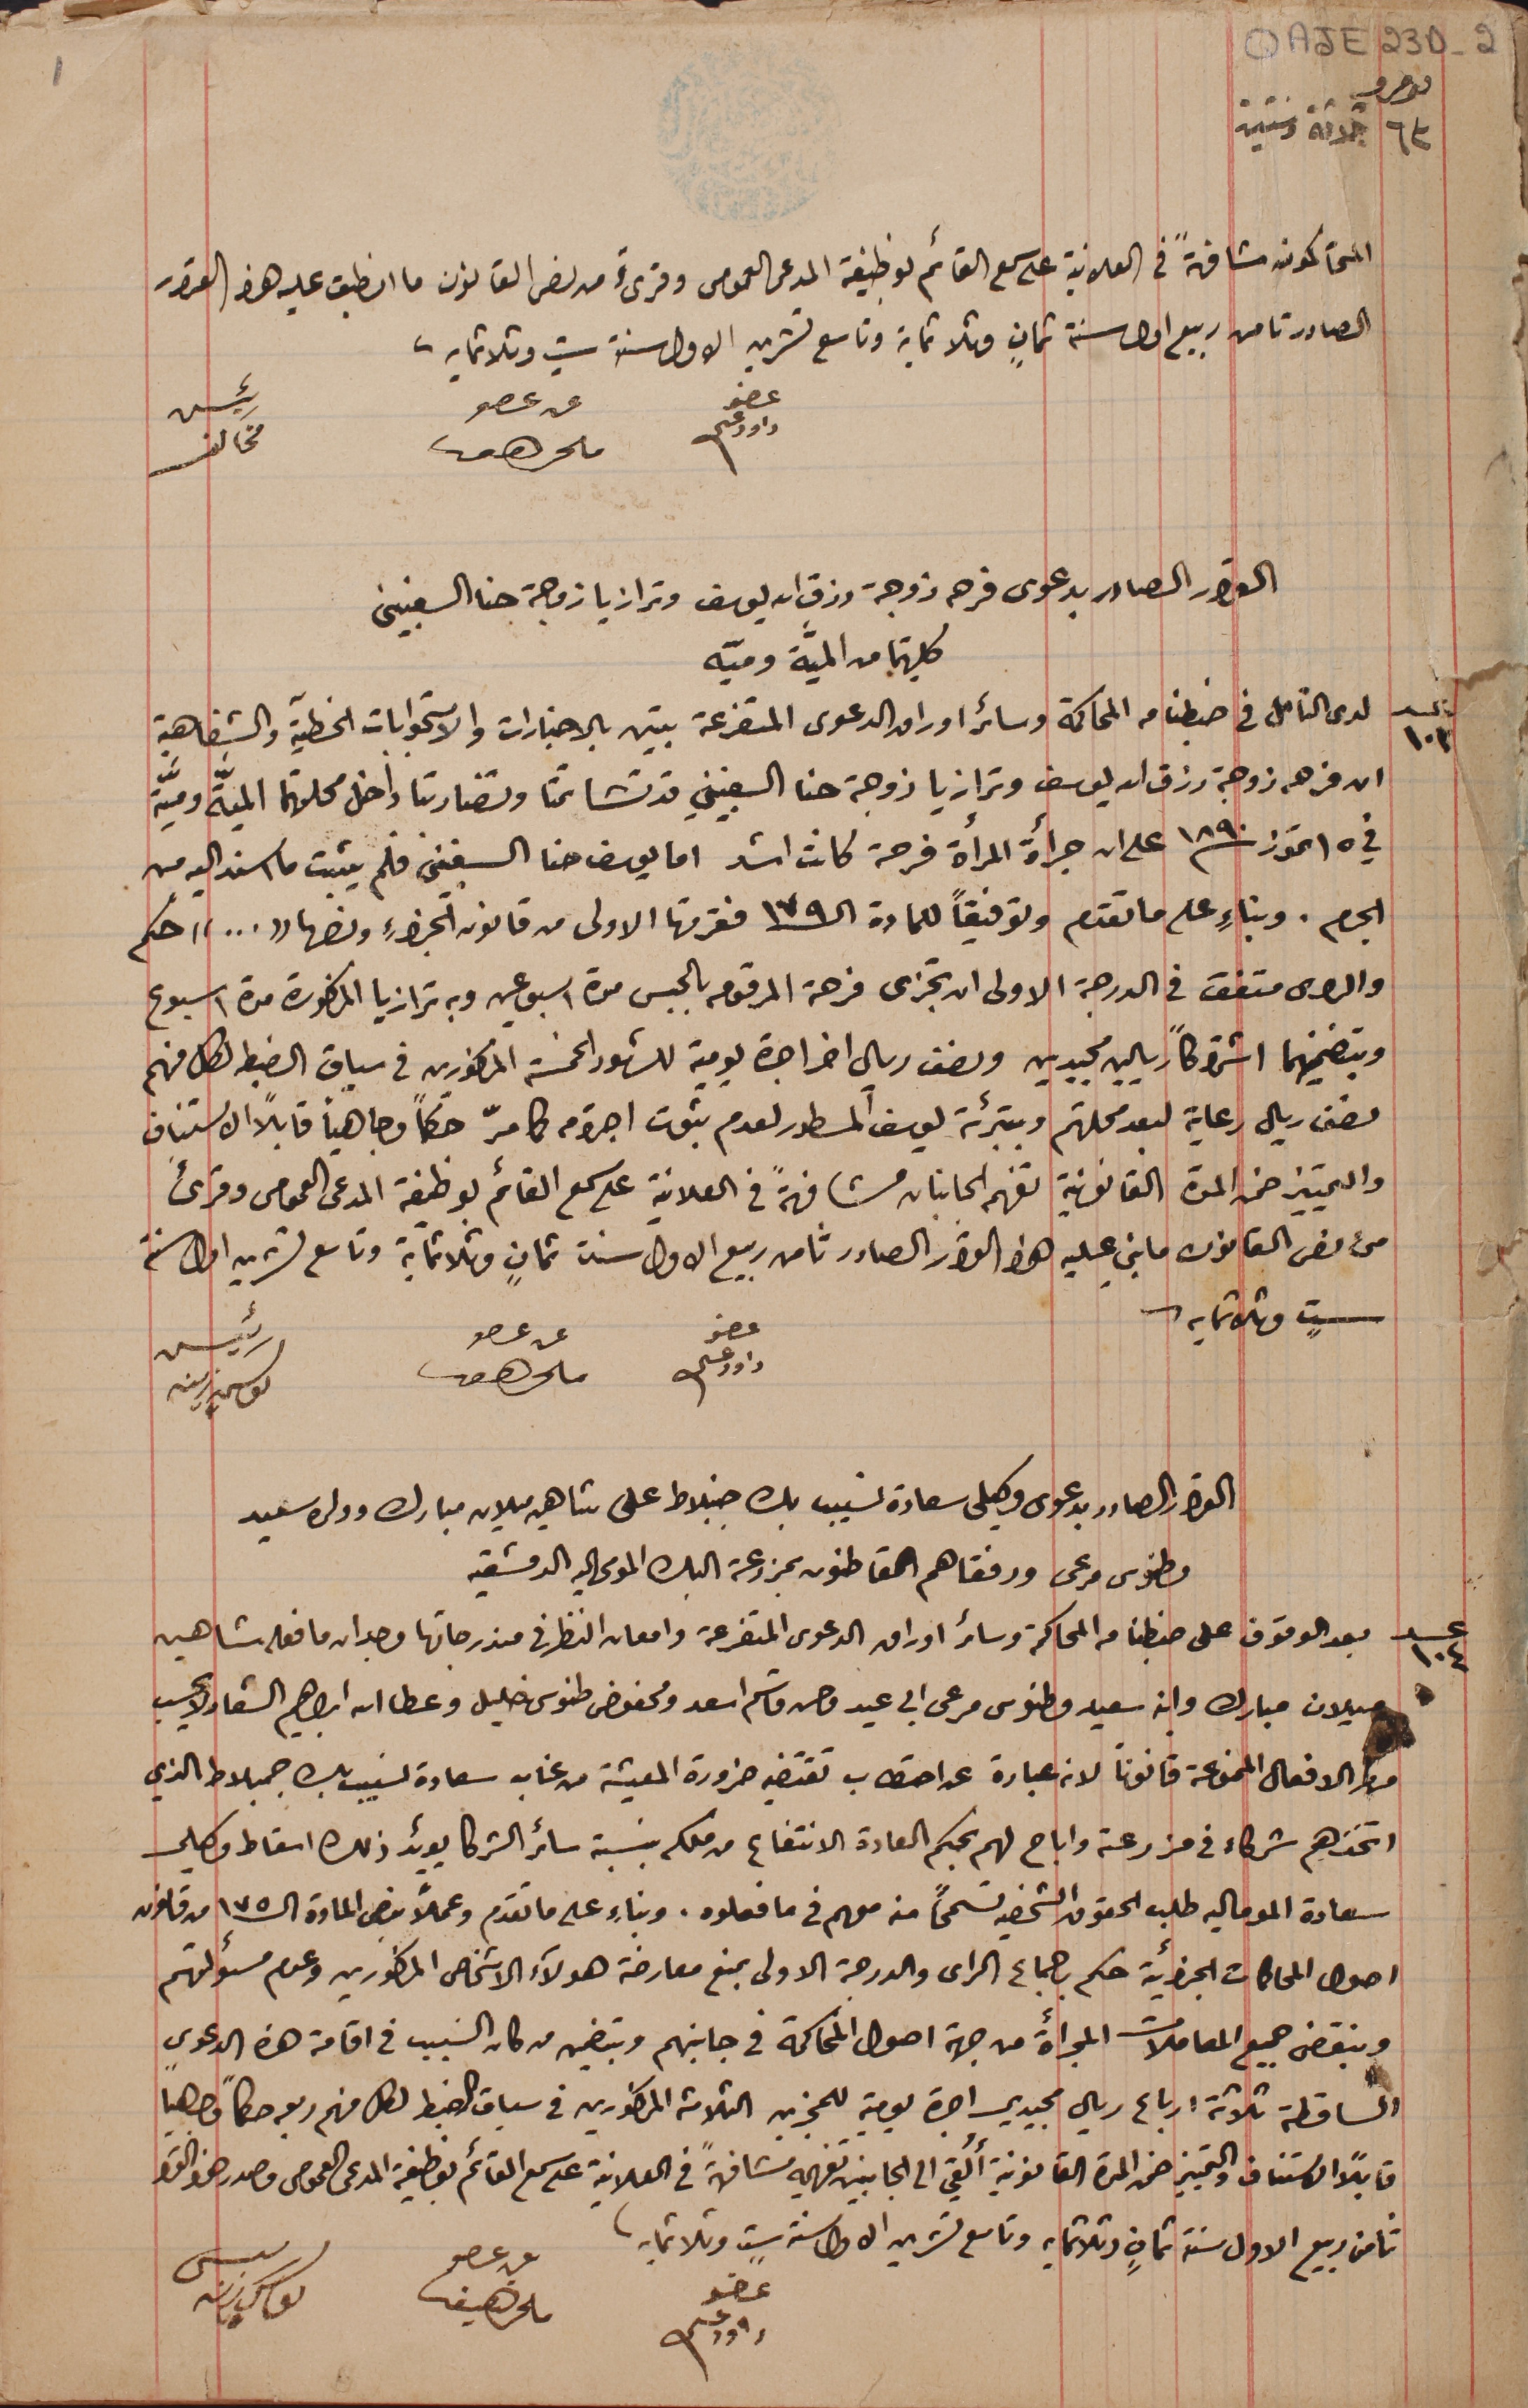
نومرو ٦٣ ثلاثة وستين
المحاكمون مشافهةً فى العلانية على سمع القائم بوظيفة المدعى العمومى وقرىءَ من نص القانون ما انطبق عليه هذا القرار
الصادر تامن ربيع اول سنة ثمانٍ وثلاثماية وتاسع تشرين الاول سنة ستٍ وثلاثمايه
عضو داود عسى
القرار الصادر بدعوى فرحه زوجة رزق الله يوسف وترازيا زوجة حنا السغبينى
كلتيهما من الميَّة وميّه
عدد ١٠٣  لدى التامل فى ضبطنا من المحاكمة وسائر اوراق الدعوى المتفرعة تبين بالاخبارات والاستجوابات الخطيّة والشفاهِية
ان فرحه زوجة رزق الله يوسف وترازيا زوجة حنا السغبيني قد تشاتمتا وتضاربتا داخل محلتهما الميَّة وميّة
 في ١٥ تموز سنة ١٨٩٠ على ان جرأة المرأة فرحة كانت اشد اما يوسف حنا السغبينى فلم يثبت ما اسند اليه من
الجرم. وبناءٍ على ما تقدم وتوفيقاً للمادة الـ١٧٩ فقرتها الاولى من قانون الجزاءِ ونصها "..." حكم
والراى متفق في الدرجة الاولى ان تجزى فرحة المرقومه بالحبس مدة اسبوعين وبه ترازيا المذكورة مدة اسبوع
وبتضمينهما اشتراكاً ريالين مجيدين ونصف ريال اخر اجرة يومية للشهور الخمسة المذكورين في سياق الضبط لكل منهم
ونصف ريال رعاية لبعد محلتهم وبتبرئة يوسف المسطور لعدم ثبوت اجرامَه كما مرّ حكماً وجاهياً قابلاً الاستناف
والتمييز ضمن المدة القانونية تفهم الجانبان مشافهةً فى العلانية على سمع القائم بوظيفة المدعى العمومى وقرىء
من نص القانون ما بني عليه هذا القرار الصادر ثامن ربيع الاول سنة ثمانٍ وثلاثماية وتاسع تشرين اول سنة
ستٍ وثلاثمايه.
عضو داود عسى
رئيس يوسف زينه
القرار الصادر بدعوى وكيلى سعادة نسيب بك جنبلاط على شاهين ميلان مبارك وولده سعيد
وطنوس مرعى ورفقاهم القاطنون بمزرعة البك المومى اليه الدمشقيه
عدد ١٠٤ بعد الوقوف على ضبطنا من المحاكمة وسائر اوراق الدعوى المتفرعة وامعنا النظر فى مندرجاتها وجد ان ما فعله شاهين
ميلان مبارك وابنه سعيد وطنوس مرعى ابي عيد وحسن قاسم اسعد ومحفوض طنوس خليل وعطالله ابراهيم الشعار لا يحسب
من الافعال الممنوعة قانوناَ لانه عبارة عن احتطاب تقتضيه ضرورة المعيشة من غاب سعادة نسيب بك جنبلاط الذي
اتخذهم شركاء في مزرعته واباح لهم بحكم العادة الانتفاع من ملكه بنسبة سائر الشركا يؤيد ذلك اسقاط وكيلي
سعادة الموماليه طلب الحقوق الشخصي تسمحاً منه معهم فى ما فعلوه. وبناءٍ على ما تقدم وعملاً بِنص المادة الـ ١٧٥ من قانون
اصول المحاكمات الجزائية حكم باجماع الراى والدرجة الاولى بمنع معارضة هولآء الاشخاص المذكورين وعدم مسؤلتهم
وبنقض جميع المعاملات المجرأة من جهة اصول المحاكمة فى جانبهم وبتضمين من كان السَبب فى اقامة هذه الدعوى
الساقطة ثلاثة ارباع ريال مجيدي اجرة يومية للمجزين الثلاثة المذكورين في سياق الضبط لكل منهم ومعه حكماً وجاهياً
قابلاً الاستناف والتمييز ضمن المدة القانونية أُلقي الى الجانبين تفهيمه مشافهةً فى العلانية على سمع القائم بوظيفة المدعى العمومى مصدر هذا القرار
ثامن ربيع الاول سنة ثمانٍ وثلاثمايه وتاسع تشرين الاول سنة ستٍ وثلاثمايه.
عن عضو ملحم سعيفان
عضو داود عسى
QAJE 23D-2
عن عضو ملحم  سعيفان
رئيس مخالف
عن عضو ملحم سعيفان
رئيس يوسف زينه
١